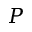
P